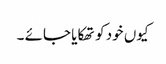
کیوں خود کو تھکایا جائے ۔